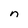
Character: n